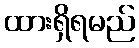
ထားရှိရမည်